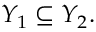
Y _ { 1 } \subseteq Y _ { 2 } .